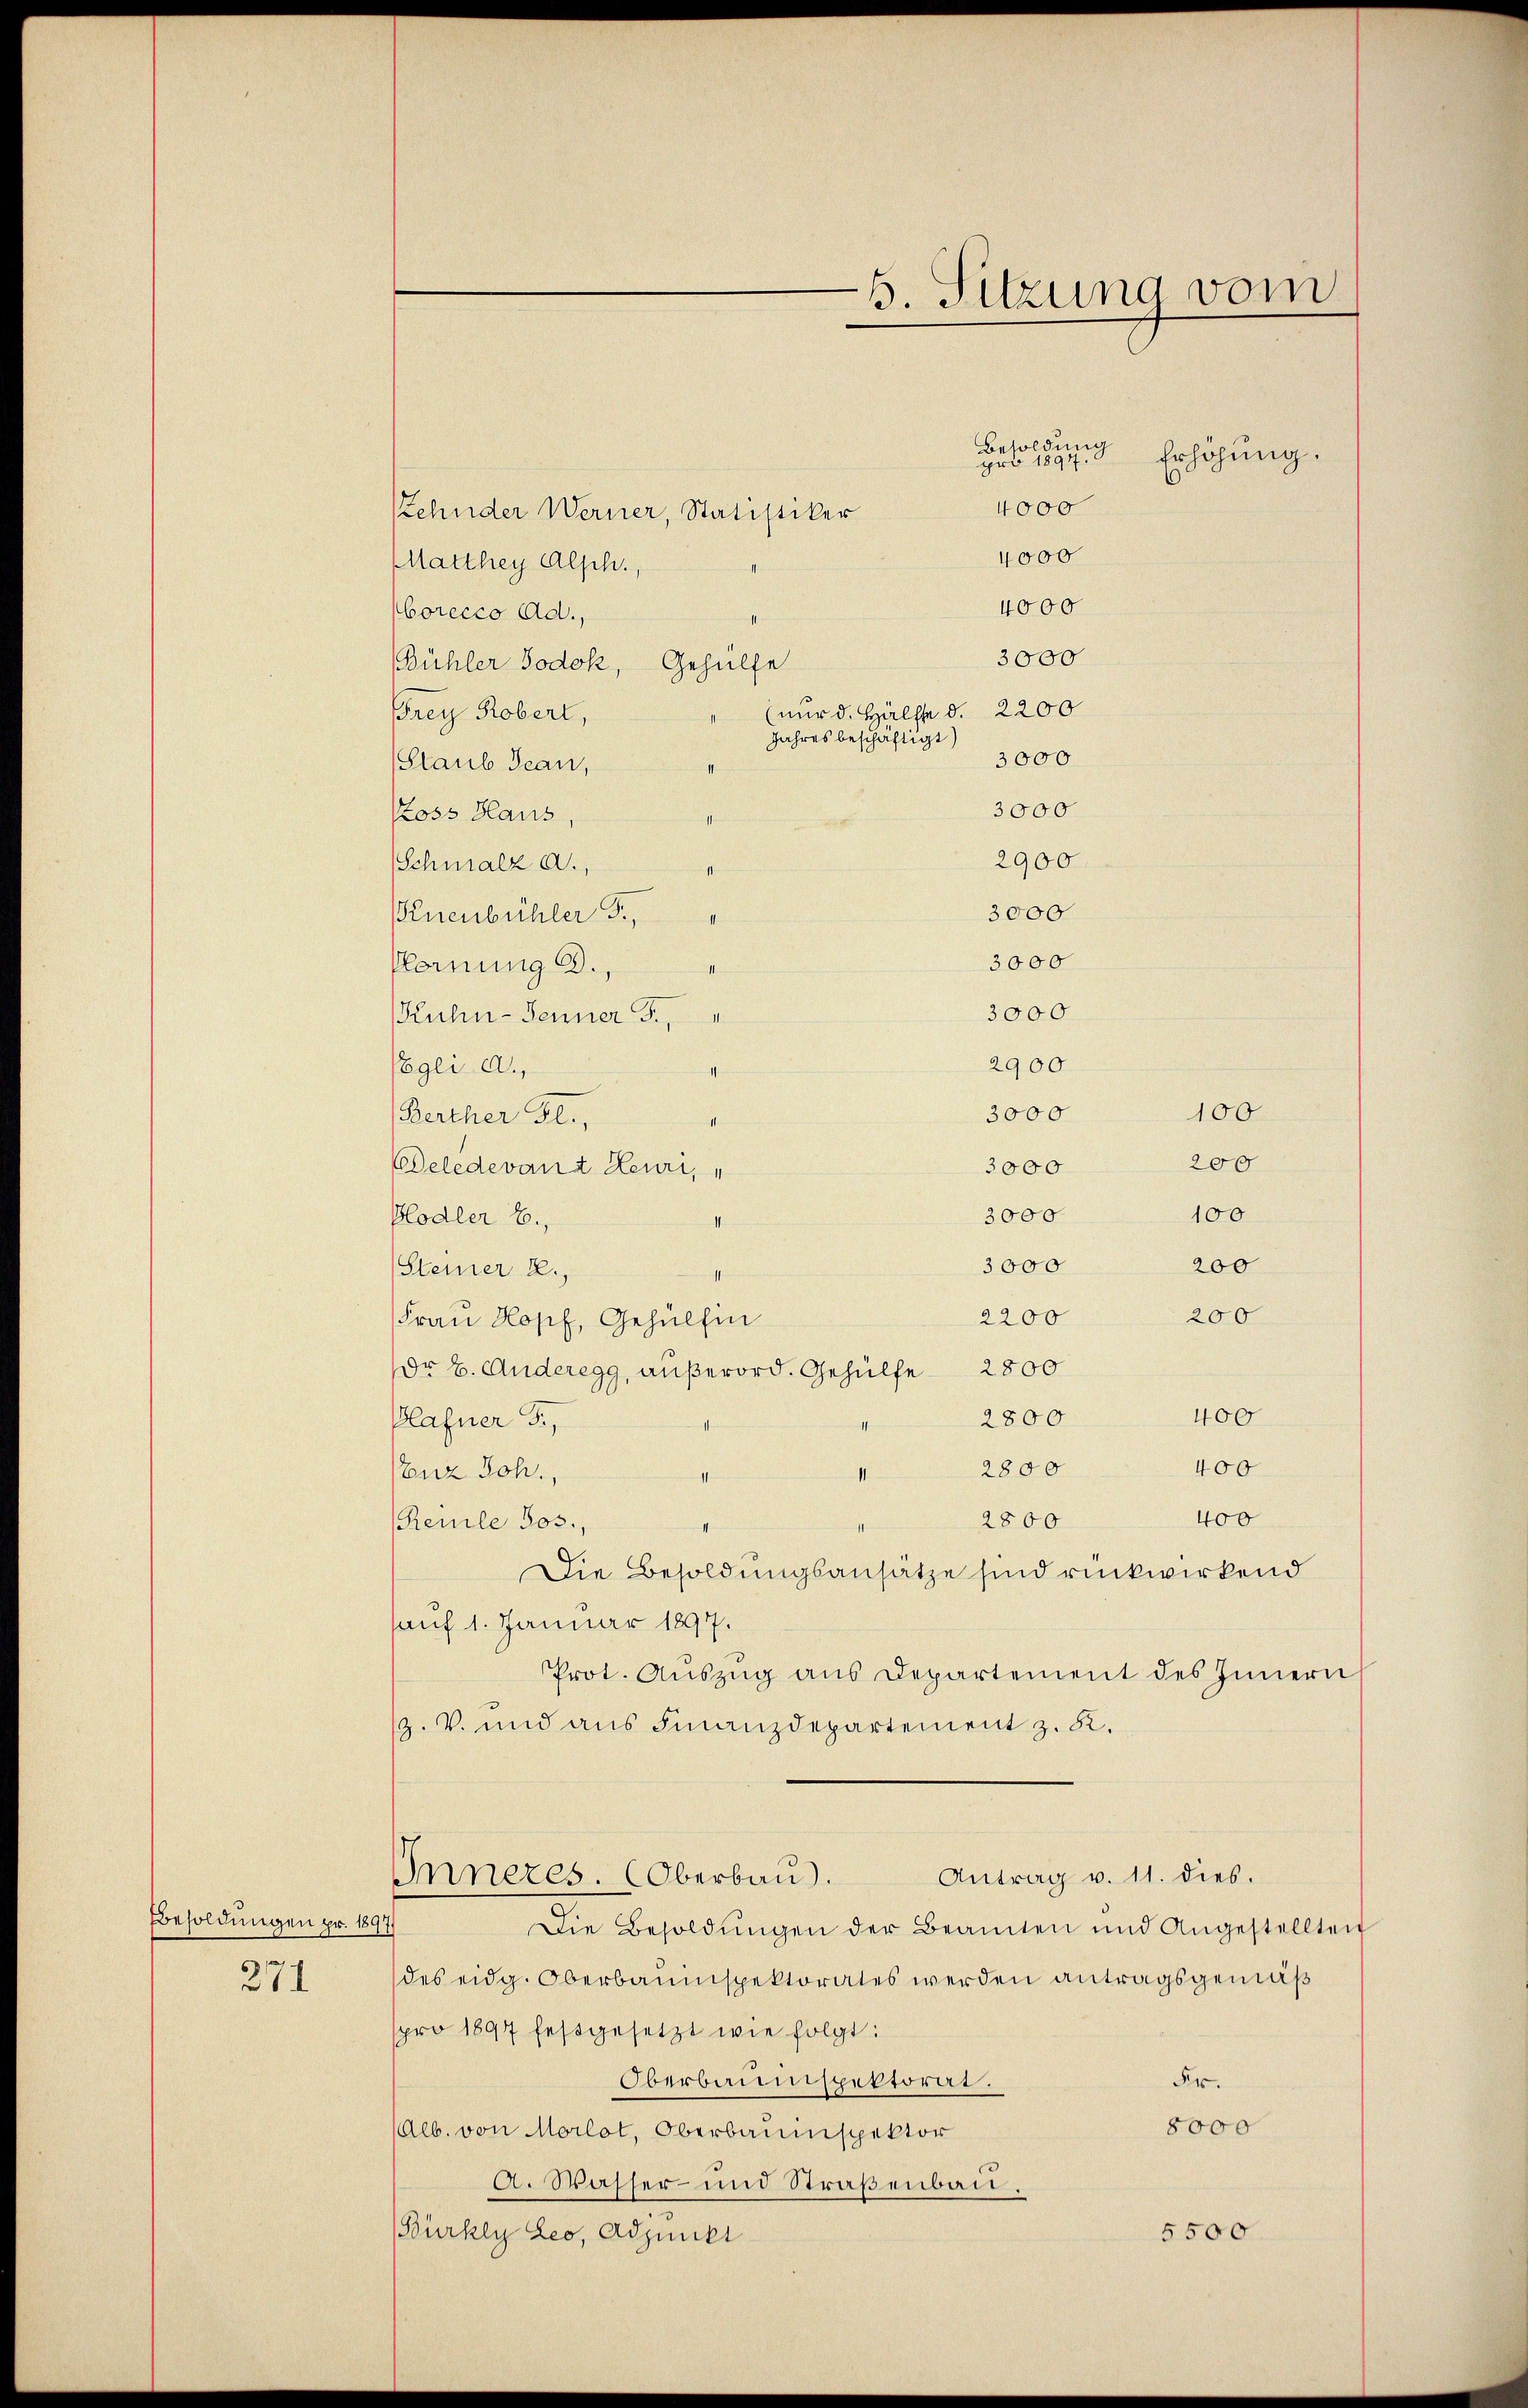
Besoldungen pr. 1897

271

Zehnder Werner, Statistiker
4000
MMatthey Alph.,
4000
orecco Ad.,
3000
Bühler Jodok, Gehülfe
(nur d. Hälfte d. 2200
Frey Robert,
Jahres beschäftigt)
3000
(Staub Tean,
3000
Stoss Haus,
2900
Schmalz a.,
3000
Pnenbühler Fr
3000
Plernung 3.,
3000
(Kuhn-Jenner F.,
2900.
Pegli a.,
3000
Berther Gl.,
3000
Beledevant Heuri,
3000
Blodler B.,
3000
Steiner 2.)
2200
Frau Kopf, Gehülfin
Dr B. Anderegg, außerord. Gehülfe 2800
2800
Plafner F.,
effen
2800
Enz Joh.,
II
effen
2800
Reinle Jos.,
Die Besoldungsansätze sind rückwirkend
sauf 1. Januar 1897.
Prot. Aŭszŭg aŭs Departement des Innern
s. V. und aus Finanzdepartement z. 82.
Antrag v. 11. dies.
Inneres. (Oberbau.
Die Besoldŭngen der Beamten und Angestellten
des eidg. Oberbauinspektorates werden antragsgemäß
pro 1897 festgesetzt wie folgt:
Oberbauinspektorat.
54.
8000
(Alb. von Morlot, Oberbauinspektor
A. Wasser- und Straßenbau.
5500
Bürkey Leo, Adjunkt

B. Sitzung vom

Besoldung
pro 1894.

4000

Erhöhung.

100
200
100
200
200
400
400
400